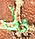
ولى